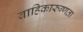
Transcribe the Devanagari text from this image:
वाहिकारुग्णता